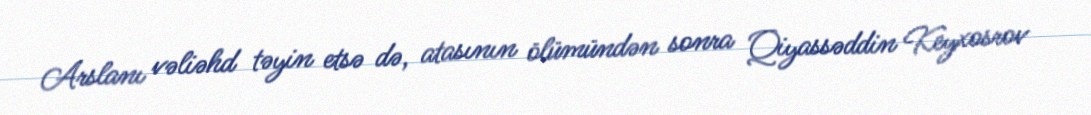
Arslanı vəliəhd təyin etsə də, atasının ölümündən sonra Qiyassəddin Keyxosrov